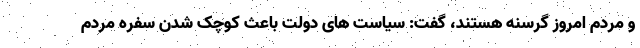
و مردم امروز گرسنه هستند، گفت: سیاست های دولت باعث کوچک شدن سفره مردم